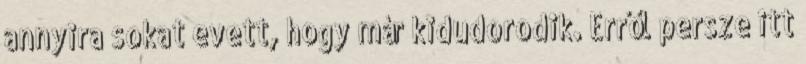
annyira sokat evett, hogy már kidudorodik. Erről persze itt